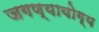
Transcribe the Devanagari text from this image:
जगण्यायोग्य